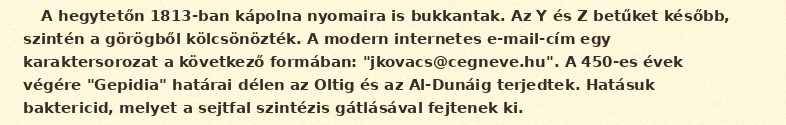
A hegytetőn 1813-ban kápolna nyomaira is bukkantak. Az Y és Z betűket később, szintén a görögből kölcsönözték. A modern internetes e-mail-cím egy karaktersorozat a következő formában: "jkovacs@cegneve.hu". A 450-es évek végére "Gepidia" határai délen az Oltig és az Al-Dunáig terjedtek. Hatásuk baktericid, melyet a sejtfal szintézis gátlásával fejtenek ki.